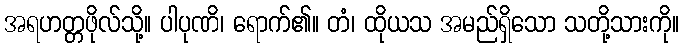
အရဟတ္တဖိုလ်သို့။ ပါပုဏိ၊ ရောက်၏။ တံ၊ ထိုယသ အမည်ရှိသော သတို့သားကို။